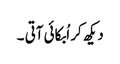
دیکھ کر اُبکائی آتی ۔